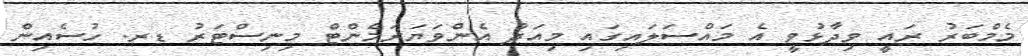
މެމްބަރު ރައީ ވިދާޅުވީ އެ މައްސަލައިގައި މިއަދު އެންވަޔަރަމެންޓް މިނިސްޓަރު ޑރ. ހުސެއިން